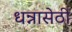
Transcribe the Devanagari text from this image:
धन्नासेठी